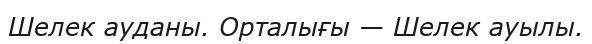
Шелек ауданы. Орталығы — Шелек ауылы.